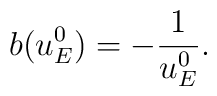
b(u^0_E)=-\frac{1}{u^0_E}.